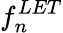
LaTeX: f_{n}^{LET}